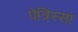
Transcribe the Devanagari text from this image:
पेत्रिस्सा